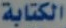
الكتابة